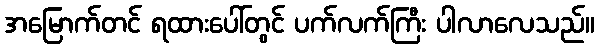
အမြောက်တင် ရထားပေါ်တွင် ပက်လက်ကြီး ပါလာလေသည်။